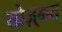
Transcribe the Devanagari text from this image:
योज़्गत